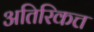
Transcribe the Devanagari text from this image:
अतिरिकत्त